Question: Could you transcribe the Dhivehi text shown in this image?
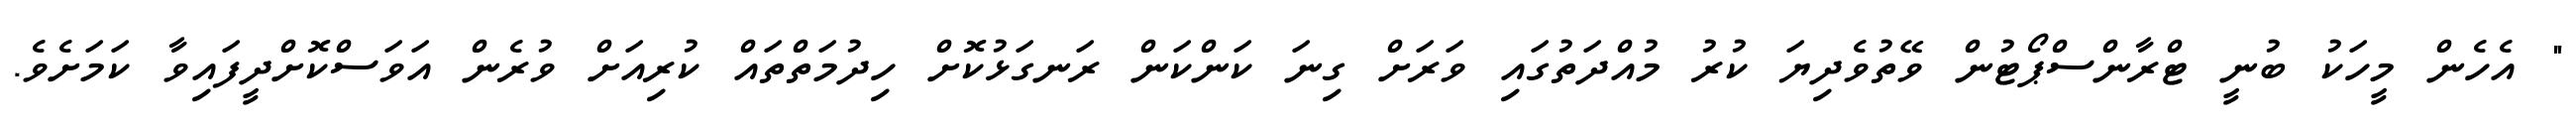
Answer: " އެހެން މީހަކު ބުނީ ޓްރާންސްޕޯޓުން ވޭތުވެދިޔަ ކުރު މުއްދަތުގައި ވަރަށް ގިނަ ކަންކަން ރަނގަޅުކޮށް ހިދުމަތްތައް ކުރިއަށް ވުރެން އަވަސްކޮށްދީފައިވާ ކަމަށެވެ.